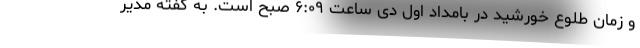
و زمان طلوع خورشید در بامداد اول دی ساعت ۶:۰۹ صبح است. به گفته مدیر